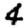
Digit: 4